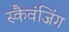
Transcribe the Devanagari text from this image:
स्कैवंजिंग